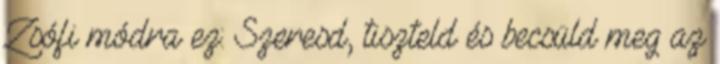
Zsófi módra ez: Szeresd, tiszteld és becsüld meg az